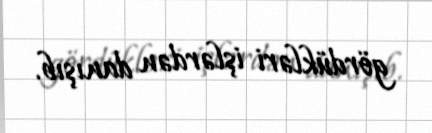
gördükləri işlərdən danışıb.